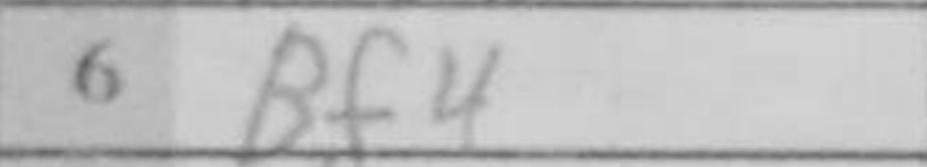
Transcription: Bf4